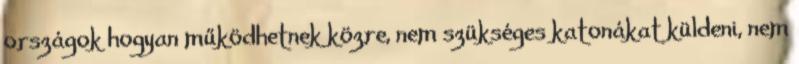
országok hogyan működhetnek közre, nem szükséges katonákat küldeni, nem